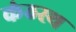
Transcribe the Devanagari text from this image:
कंठस्‍थ